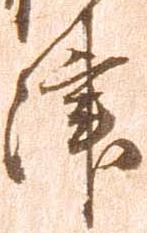
津